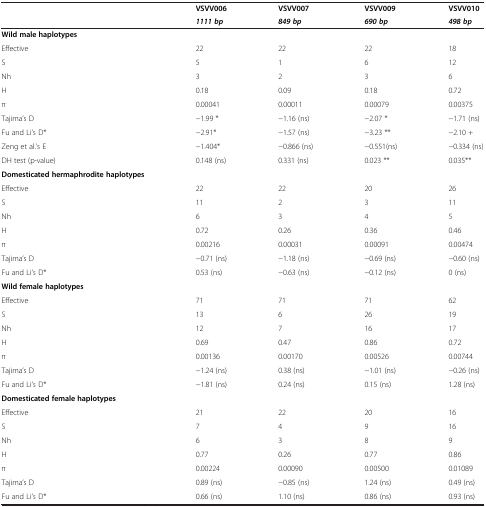
<table><thead><tr><td rowspan="2"></td><td><b>VSVV006</b></td><td><b>VSVV007</b></td><td><b>VSVV009</b></td><td><b>VSVV010</b></td></tr><tr><td><b><i>1111 bp</i></b></td><td><b><i>849 bp</i></b></td><td><b><i>690 bp</i></b></td><td><b><i>498 bp</i></b></td></tr></thead><tbody><tr><td><b>Wild male haplotypes</b></td><td></td><td></td><td></td><td></td></tr><tr><td>Effective</td><td>22</td><td>22</td><td>22</td><td>18</td></tr><tr><td>S</td><td>5</td><td>1</td><td>6</td><td>12</td></tr><tr><td>Nh</td><td>3</td><td>2</td><td>3</td><td>6</td></tr><tr><td>H</td><td>0.18</td><td>0.09</td><td>0.18</td><td>0.72</td></tr><tr><td>π</td><td>0.00041</td><td>0.00011</td><td>0.00079</td><td>0.00375</td></tr><tr><td>Tajima’s D</td><td>−1.99 *</td><td>−1.16 (ns)</td><td>−2.07 *</td><td>−1.71 (ns)</td></tr><tr><td>Fu and Li’s D*</td><td>−2.91*</td><td>−1.57 (ns)</td><td>−3.23 **</td><td>−2.10 +</td></tr><tr><td>Zeng et al.’s E</td><td>−1.404*</td><td>−0.866 (ns)</td><td>−0.551(ns)</td><td>−0.334 (ns)</td></tr><tr><td>DH test (p-value)</td><td>0.148 (ns)</td><td>0.331 (ns)</td><td>0.023 **</td><td>0.035**</td></tr><tr><td><b>Domesticated hermaphrodite haplotypes</b></td><td></td><td></td><td></td><td></td></tr><tr><td>Effective</td><td>22</td><td>22</td><td>20</td><td>26</td></tr><tr><td>S</td><td>11</td><td>2</td><td>3</td><td>11</td></tr><tr><td>Nh</td><td>6</td><td>3</td><td>4</td><td>5</td></tr><tr><td>H</td><td>0.72</td><td>0.26</td><td>0.36</td><td>0.46</td></tr><tr><td>π</td><td>0.00216</td><td>0.00031</td><td>0.00091</td><td>0.00474</td></tr><tr><td>Tajima’s D</td><td>−0.71 (ns)</td><td>−1.18 (ns)</td><td>−0.69 (ns)</td><td>−0.60 (ns)</td></tr><tr><td>Fu and Li’s D*</td><td>0.53 (ns)</td><td>−0.63 (ns)</td><td>−0.12 (ns)</td><td>0 (ns)</td></tr><tr><td><b>Wild female haplotypes</b></td><td></td><td></td><td></td><td></td></tr><tr><td>Effective</td><td>71</td><td>71</td><td>71</td><td>62</td></tr><tr><td>S</td><td>13</td><td>6</td><td>26</td><td>19</td></tr><tr><td>Nh</td><td>12</td><td>7</td><td>16</td><td>17</td></tr><tr><td>H</td><td>0.69</td><td>0.47</td><td>0.86</td><td>0.72</td></tr><tr><td>π</td><td>0.00136</td><td>0.00170</td><td>0.00526</td><td>0.00744</td></tr><tr><td>Tajima’s D</td><td>−1.24 (ns)</td><td>0.38 (ns)</td><td>−1.01 (ns)</td><td>−0.26 (ns)</td></tr><tr><td>Fu and Li’s D*</td><td>−1.81 (ns)</td><td>0.24 (ns)</td><td>0.15 (ns)</td><td>1.28 (ns)</td></tr><tr><td><b>Domesticated female haplotypes</b></td><td></td><td></td><td></td><td></td></tr><tr><td>Effective</td><td>21</td><td>22</td><td>20</td><td>16</td></tr><tr><td>S</td><td>7</td><td>4</td><td>9</td><td>16</td></tr><tr><td>Nh</td><td>6</td><td>3</td><td>8</td><td>9</td></tr><tr><td>H</td><td>0.77</td><td>0.26</td><td>0.77</td><td>0.86</td></tr><tr><td>π</td><td>0.00224</td><td>0.00090</td><td>0.00500</td><td>0.01089</td></tr><tr><td>Tajima’s D</td><td>0.89 (ns)</td><td>−0.85 (ns)</td><td>1.24 (ns)</td><td>0.49 (ns)</td></tr><tr><td>Fu and Li’s D*</td><td>0.66 (ns)</td><td>1.10 (ns)</td><td>0.86 (ns)</td><td>0.93 (ns)</td></tr></tbody></table>